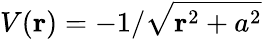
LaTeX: V(\mathbf{r})=-1/\sqrt{\mathbf{r}^{2}+a^{2}}